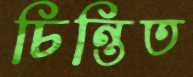
চিন্তিত